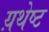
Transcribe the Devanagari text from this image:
य़थेष्ट